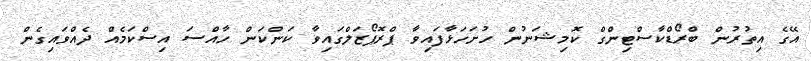
އޭގެ އިތުރުން ބްރޯޑްކާސްޓިންގް ކޮމިޝަނުން ހުށަހަޅާފައިވާ ޕްރޮޕޯޒަލްގައިވާ ކަންކަން ހާއްސަ އިސްކަމެއް ދެއްވައިގެން